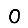
Digit: 0